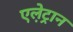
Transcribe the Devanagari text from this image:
एले़ट्रान